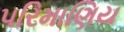
પરિમાણિય